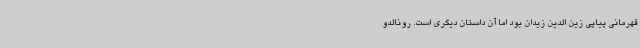
قهرمانی پیاپی زین الدین زیدان بود اما آن داستان دیگری است. رونالدو